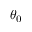
\theta _ { 0 }